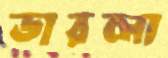
ডারলা